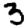
Digit: 3